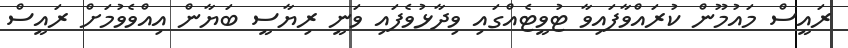
ރައީސް މައުމޫން ކުރައްވާފައިވާ ޓުވީޓެއްގަައި ވިދާޅުވެފައި ވަނީ ރިޔާސީ ބަޔާން އިއްވެވުމަށް ރައީސް